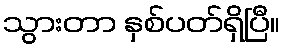
သွားတာ နှစ်ပတ်ရှိပြီ။